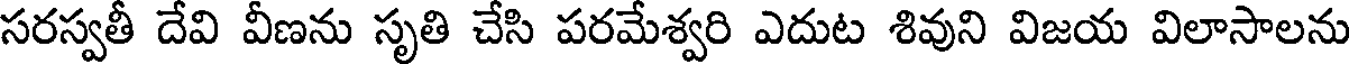
సరస్వతీ దేవి వీణను సృతి చేసి పరమేశ్వరి ఎదుట శివుని విజయ విలాసాలను